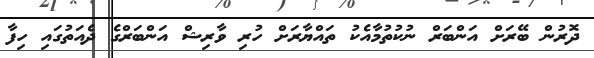
ދޮރުން ބޭރަށް އަންބަރް ނުކުތުމާއެކު ތައްޔާރަށް ހުރި ވާރިޝް އަންބަރްގެ ދެއަތުގައި ހިފާ